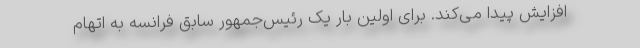
افزایش پیدا می‌کند. برای اولین بار یک رئیس‌جمهور سابق فرانسه به اتهام